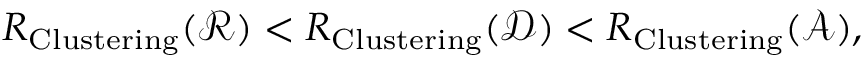
R _ { { \mathrm { C l u s t e r i n g } } } ( { \mathcal { R } } ) < R _ { { \mathrm { C l u s t e r i n g } } } ( { \mathcal { D } } ) < R _ { { \mathrm { C l u s t e r i n g } } } ( { \mathcal { A } } ) ,